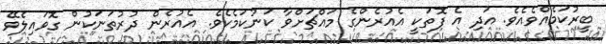
ބީރުކަމެއްވެއެވެ. އަދި އެ ފޮތަކީ އެއުރެންގެ މައްޗަށްވާ ކަނުކަމެކެވެ. އެއުރެން ދުރުތަނަކުން ގޮވައިލެވޭ